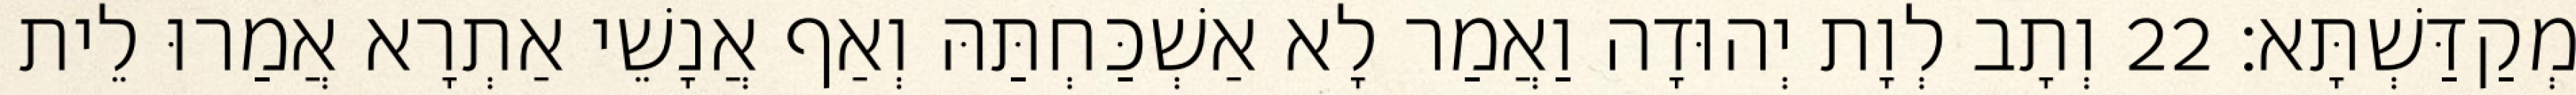
מְקַדַּשְׁתָּא׃ 22 וְתָב לְוָת יְהוּדָה וַאֲמַר לָא אַשְׁכַּחְתַּהּ וְאַף אֲנָשֵׁי אַתְרָא אֲמַרוּ לֵית